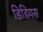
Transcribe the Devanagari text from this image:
डिडियस